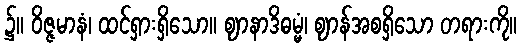
၌။ ဝိဇ္ဇမာနံ၊ ထင်ရှားရှိသော။ ဈာနာဒိဓမ္မံ၊ ဈာန်အစရှိသော တရားကို။